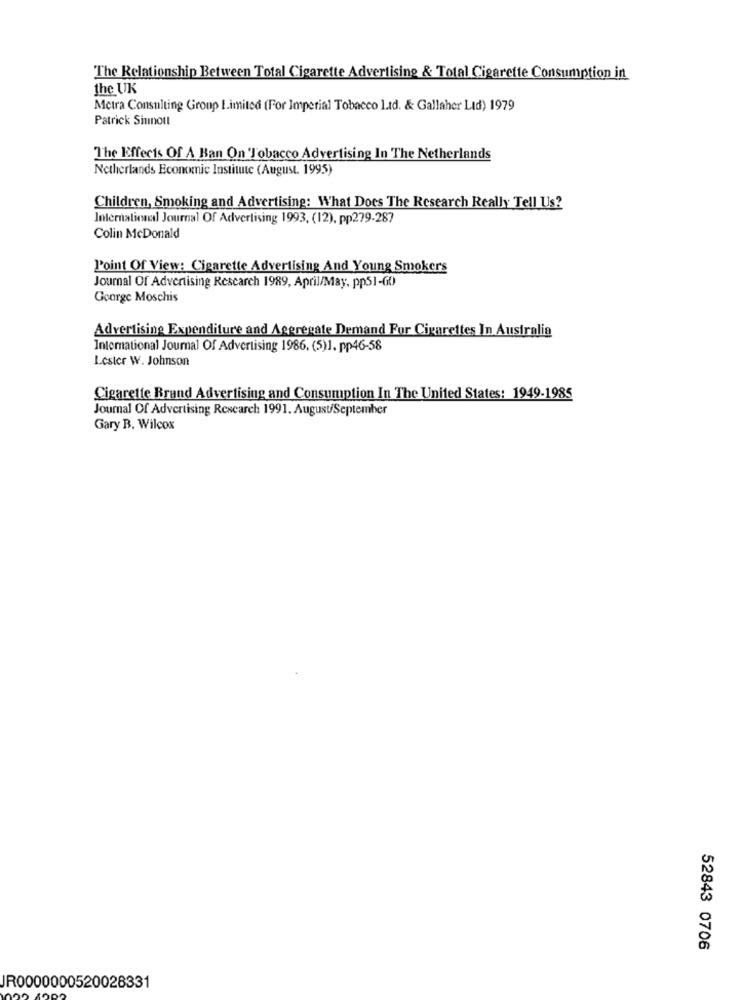
The Relationship Between Total Cigarette Advertising & Total Cigarette Consumption in
the UK
Metra Consulting Group Limited (For Imperial Tobacco Ltd. & Gallaher Lid) 1979
Patrick Sinnott
The Effects Of A Ban On 'Tobacco Advertising In The Netherlands
Netherlands Economic Institute (August. 1995)
Children, Smoking and Advertising: What Does The Research Really Tell Us?
International Journal Of Advertising 1993, (12), pp279.287
Colin McDonald
Point Of View: Cigarette Advertising And Young Smoker's
Journal Of Advertising Rescarch 1989, April/May, pp51-60)
Goorge Moschis
Advertising Expenditure and Aggregate Demand For Cigarettes In Australia
International Journal Of Advertising 1986. (5)1. pp46-58
Lester W. Johnson
Cigarette Brand Advertising and Consumption In The United States: 1949-1985
Journal Of Advertising Research 1991. August/September
Gary B. Wilcox
52843 0706
JR0000000520028331